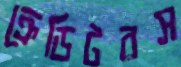
ক্রেডিটরস